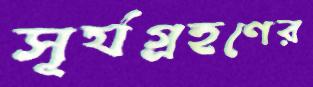
সূর্যগ্রহণের